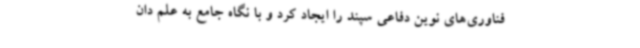
فناوری‌های نوین دفاعی سپند را ایجاد کرد و با نگاه جامع به علم دان